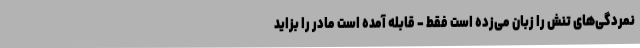
نمردگی‌های تنش را زبان می‌زده است فقط - قابله آمده است مادر را بزاید